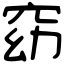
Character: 窈